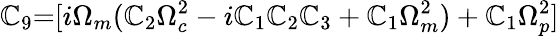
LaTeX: {\mathbb{C}_{9}}\mathrm{{{=}}}[i{\Omega_{m}}({\mathbb{C}_{2}}\Omega_{c}^{2}-i{\mathbb{C}_{1}}{\mathbb{C}_{2}}{\mathbb{C}_{3}}+{\mathbb{C}_{1}}\Omega_{m}^{2})+{\mathbb{C}_{1}}\Omega_{p}^{2}]